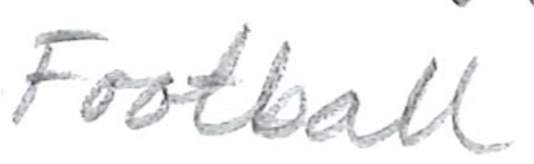
Text: Football
Cross-out: clean
Writing tool: pencil